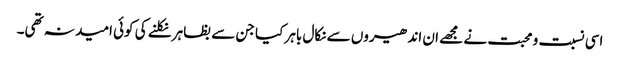
اسی نسبت و محبت نے مجھے ان اندھیروں سے نکال باہر کیا جن سے بظاہر نکلنے کی کوئی امید نہ تھی۔